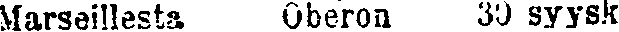
Marseillesta. Oberon 30 syysk